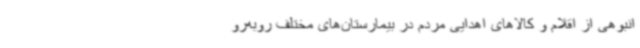
انبوهی از اقلام و کالاهای اهدایی مردم در بیمارستان‌های مختلف روبه‌رو